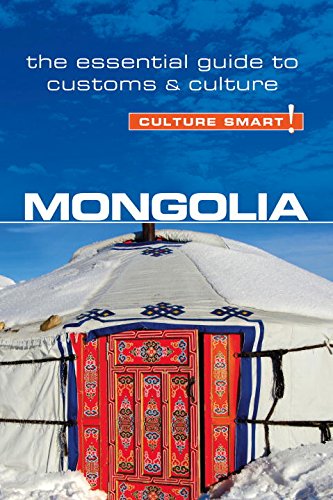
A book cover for Mongolia - Culture Smart!: The Essential Guide to Customs & Culture; Alan Sanders; Travel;